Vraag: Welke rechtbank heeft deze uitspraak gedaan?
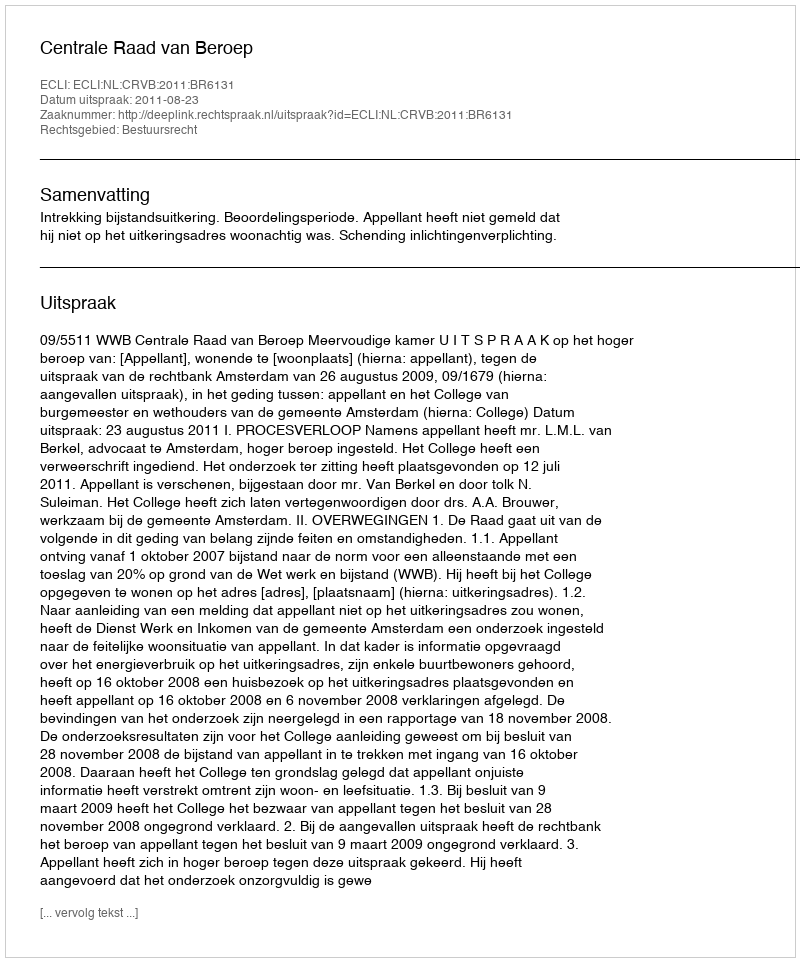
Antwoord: Centrale Raad van Beroep